Vaccination in Bombay 1869-1873 - 1869-1873
Year: 1869
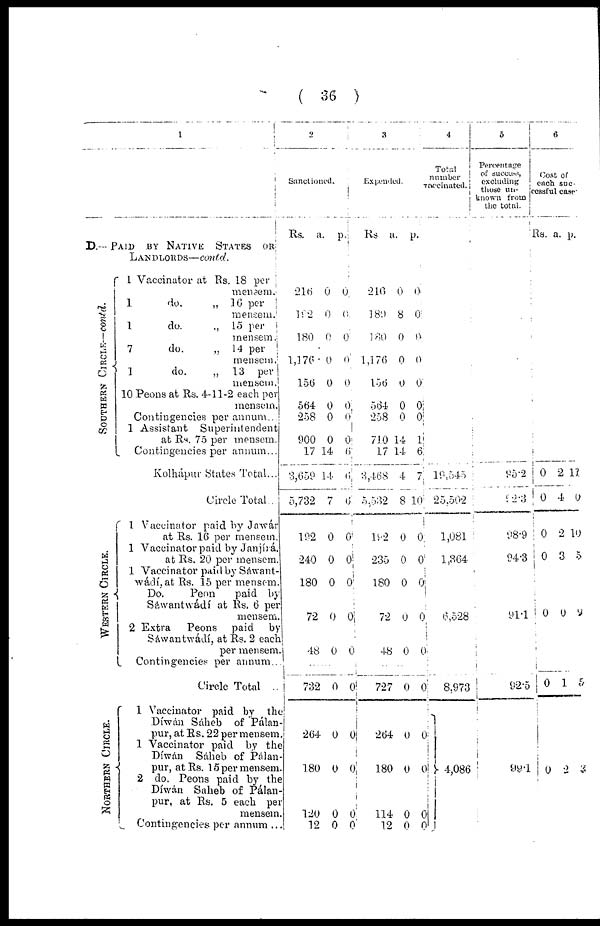
( 36 )
1
D.— PAID BY NATIVE STATES OR
LANDLORDS—contd.
SOUTHERN CIRCLE— contd.
WESTERN CIRCLE.
NORTHERN CIRCLE.
1 Vaccinator at Rs. 18 per
mensem.
1
do.
„ 16 per
mensem.
1
do.
„ 15 per
mensem.
7
do.
„ 14 per
mensem.
1
do.
„ 13 per
mensem.
10 Peons at Rs. 4-11-2 each per
mensem.
Contingencies per annum...
1 Assistant Superintendent
at Rs. 75 per mensem.
Contingencies per annum...
Kolhápur States Total...
Circle Total .
1 Vaccinator paid by Jawár
at Rs. 16 per mensem.
1 Vaccinator paid by Janjírá.
at Rs. 20 per mensem.
1 Vaccinator paid by Sáwant¬
wádí, at Rs. 15 per mensem.
Do.
Peon
paid by
Sáwantwádí at Rs. 6 per
mensem.
2 Extra
Peons paid
by
Sáwantwádí, at Rs. 2 each
per mensem.
Contingencies per annum...
Circle Total ..
1 Vaccinator paid by the
Díwán Sáheb of Pálan¬
pur, at Rs. 22 per mensem.
1 Vaccinator paid by the
Díwán Sáheb of Pálan¬
pur, at Rs. 15 per mensem.
2 do. Peons paid by the
Díwán Saheb of Pálan¬
pur, at Rs. 5 each per
mensem.
Contingencies per annum ...
2
Sanctioned.
Rs.
a.
p.
216
192
180
1,176
156
564
258
900
17
3,659
5,732
192
240
180
72
48
0
0
0
0
0
0
0
0
14
14
7
0
0
0
0
0
0
0
0
0
0
0
0
0
6
6
6
0
0
0
0
0
......
732
264
180
120
12
0
0
0
0
0
0
0
0
0
0
3
Expended.
Rs
a.
p.
216
189
180
1,176
156
564
258
710
17
3,468
5,532
192
235
180
72
48
0
8
0
0
0
0
0
14
14
4
8
0
0
0
0
0
0
0
0
0
0
0
0
1
6
7
10
0
0
0
0
0
......
727
264
180
114
12
0
0
0
0
0
0
0
0
0
0
4
Total
number
vaccinated.
19,545
25,502
1,081
1,364
6,528
8,973
4,086
5
Percentage
of
success,
excluding
those un-
known from
the total.
95.2
92.3
98.9
94.3
91.1
92.5
99.1
6
Cost of
each suc-
cessful case
Rs. a. p.
0
0
0
0
2
4
2
3
11
0
10
5
0 0 2
0
0
1
2
5
2